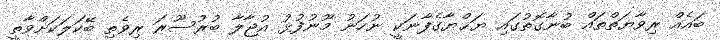
ބައެއް ރިވާޔަތްތައް ބުނާގޮތުގައި ޔަޙްޔާގެފާނަކީ ނުހަނު މޫނުފުޅު އުޖާލާ ބުރުސޫރަ ރިވެތި ބޭކަލަކަށްވާތީ